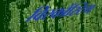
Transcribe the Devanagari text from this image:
विस्कोंस्टिग